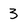
Character: 3